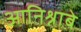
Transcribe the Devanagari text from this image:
आनिश्नाबे